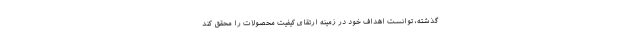
گذشته، توانست اهداف خود در زمینه ارتقای کیفیت محصولات را محقق کند